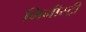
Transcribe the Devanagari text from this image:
मिनीस्‍ट्री